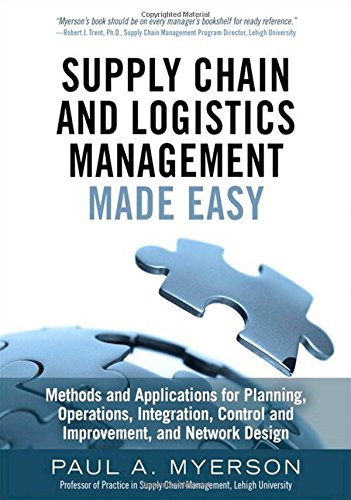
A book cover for Supply Chain and Logistics Management Made Easy: Methods and Applications for Planning, Operations, Integration, Control and Improvement, and Network Design; Paul A. Myerson; Business & Money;